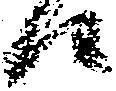
候